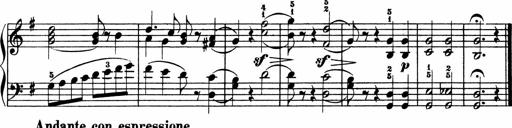
Title: 3 Sonatinen
Composer: Heinrich Lichner